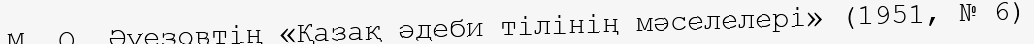
М. О. Әуезовтің «Қазақ әдеби тілінің мәселелері» (1951, № 6)